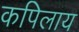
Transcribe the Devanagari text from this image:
कपिलाय